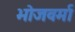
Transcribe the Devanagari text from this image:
भोजवर्मा